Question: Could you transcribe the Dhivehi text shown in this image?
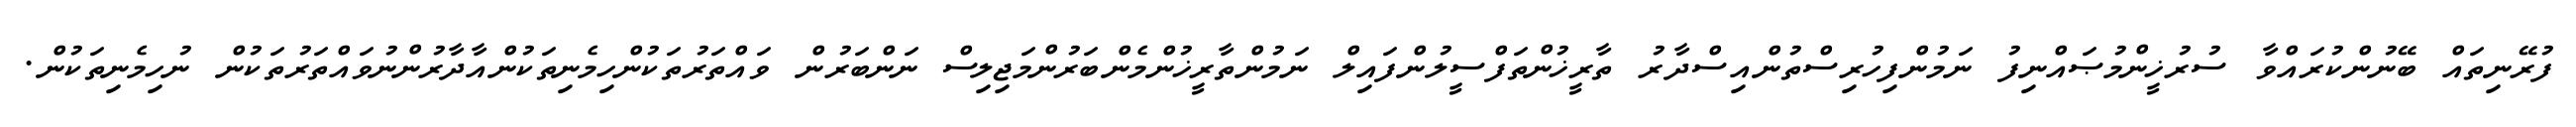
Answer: ފުރޭނިތައް ބޭނުންކުރައްވާ ސުރުޚީންމުޞައްނިފު ނަމުންފިހުރިސްތުންއިސްދާރު ތާރީޚުންތަފްސީލުންފައިލް ނަމުންތާރީޚުންމެންބަރުންމަޖިލިސް ނަންބަރުން ވައްތަރުތަކުންހިމެނިތަކުންއާދާރުންނުވައްތަރުތަކުން ނުހިމެނިތަކުން.